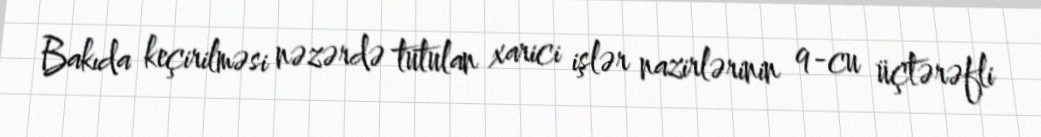
Bakıda keçirilməsi nəzərdə tutulan xarici işlər nazirlərinin 9-cu üçtərəfli